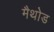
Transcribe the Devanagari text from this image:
मैथोड